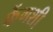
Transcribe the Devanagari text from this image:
फेंगशी